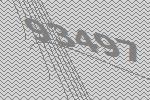
93497